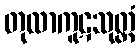
တုလာကူဋသုတ္တံ